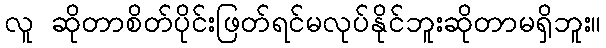
လူ ဆိုတာစိတ်ပိုင်းဖြတ်ရင်မလုပ်နိုင်ဘူးဆိုတာမရှိဘူး။